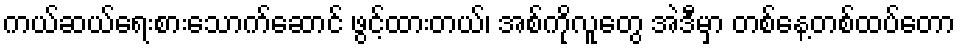
ကယ်ဆယ်ရေးစားသောက်ဆောင် ဖွင့်ထားတယ်၊ အစ်ကိုလူတွေ အဲဒီမှာ တစ်နေ့တစ်ထပ်တော